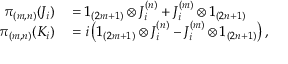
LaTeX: \begin{array} { r l } { \pi _ { ( m , n ) } ( J _ { i } ) } & { { } = 1 _ { ( 2 m + 1 ) } \otimes J _ { i } ^ { ( n ) } + J _ { i } ^ { ( m ) } \otimes 1 _ { ( 2 n + 1 ) } } \\ { \pi _ { ( m , n ) } ( K _ { i } ) } & { { } = i \left( 1 _ { ( 2 m + 1 ) } \otimes J _ { i } ^ { ( n ) } - J _ { i } ^ { ( m ) } \otimes 1 _ { ( 2 n + 1 ) } \right) , } \end{array}